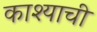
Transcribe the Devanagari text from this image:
काश्याची